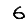
Digit: 6